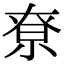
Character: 尞